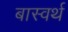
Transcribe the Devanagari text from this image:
बास्वर्थ